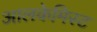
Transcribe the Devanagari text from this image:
आलकेमिस्ट